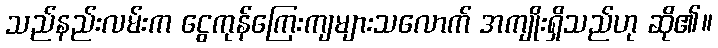
သည်နည်းလမ်းက ငွေကုန်ကြေးကျများသလောက် အကျိုးရှိသည်ဟု ဆို၏။